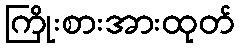
ကြိုးစားအားထုတ်